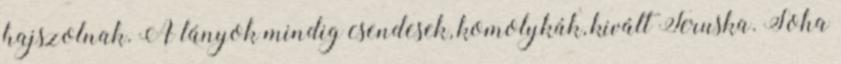
hajszolnak. A lányok mindig csendesek, komolykák, kivált Teruska. Soha